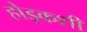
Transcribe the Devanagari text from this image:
होइकशी